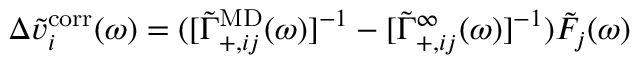
\Delta \Tilde { v } _ { i } ^ { \mathrm { c o r r } } ( \omega ) = ( [ \Tilde { \Gamma } _ { + , i j } ^ { \mathrm { M D } } ( \omega ) ] ^ { - 1 } - [ \Tilde { \Gamma } _ { + , i j } ^ { \infty } ( \omega ) ] ^ { - 1 } ) \Tilde { F } _ { j } ( \omega )